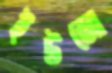
ইউজো